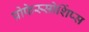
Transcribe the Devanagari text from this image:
प्रोफेस्सोर्शिप्स